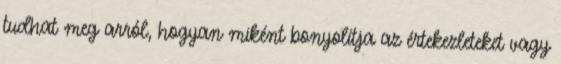
tudhat meg arról, hogyan miként bonyolítja az értekezleteket vagy